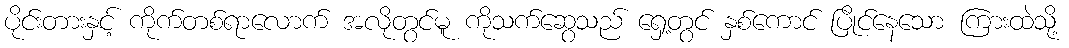
ပိုင်းတားနှင့် ကိုက်တစ်ရာလောက် အလိုတွင်မူ ကိုသက်ဆွေသည် ရှေ့တွင် နှစ်ကောင် ပြိုင်နေသော ကြားထဲသို့